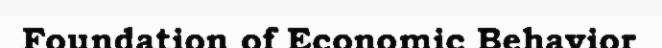
Foundation of Economic Behavior